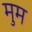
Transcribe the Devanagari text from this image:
मुम